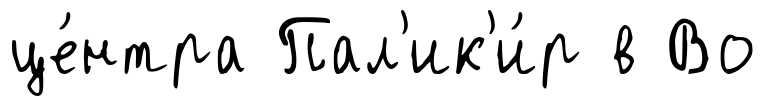
це́нтра Пал'ик'и́р в Во